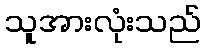
သူအားလုံးသည်